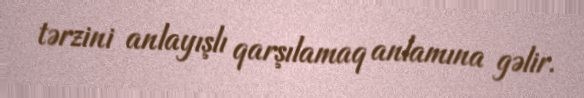
tərzini anlayışlı qarşılamaq anlamına gəlir.